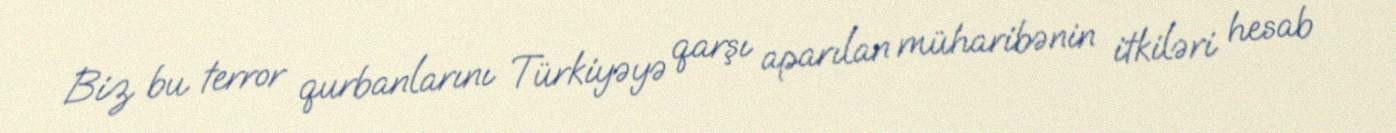
Biz bu terror qurbanlarını Türkiyəyə qarşı aparılan müharibənin itkiləri hesab